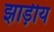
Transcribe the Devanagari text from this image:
झाड़ीय